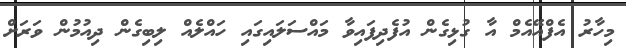
މިހާރު އެފްއޭއެމް އާ ގުޅިގެން އުފެދިފައިވާ މައްސަލައިގައި ހައްލެއް ލިބިގެން ދިއުމުން ވަރަށް